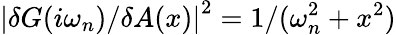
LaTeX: \left|{\delta G(i\omega_{n})}/{\delta A(x)}\right|^{2}={1}/(\omega_{n}^{2}+x^{2})